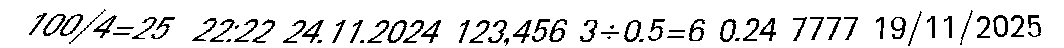
100/4=25  22:22 24.11.2024 123,456 3÷0.5=6 0.24 7777 19/11/2025